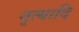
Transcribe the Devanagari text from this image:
नृत्यादि